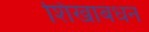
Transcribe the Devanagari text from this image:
शिखाबंधन